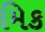
મિક